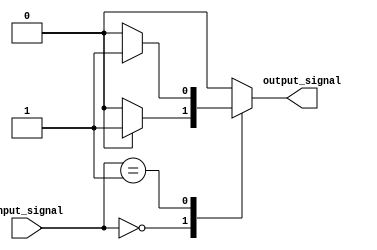
module case_statement_behavioral (
    input [1:0] input_signal,
    output reg output_signal
);

always @(*) begin
    case(input_signal)
        2'b00: begin
            if (some_condition) begin
                output_signal <= 1'b1;
            end else begin
                output_signal <= 1'b0;
            end
        end

        2'b01: begin
            if (some_other_condition) begin
                output_signal <= 1'b1;
            end else begin
                output_signal <= 1'b0;
            end
        end

        // Add more cases as needed

        default: begin
            output_signal <= 1'b0; // Default value if no specific case matches
        end
    endcase
end

endmodule